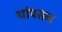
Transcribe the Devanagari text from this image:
थांपसन